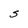
Character: S